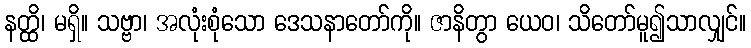
နတ္ထိ၊ မရှိ။ သဗ္ဗာ၊ အလုံးစုံသော ဒေသနာတော်ကို။ ဇာနိတွာ ယေဝ၊ သိတော်မူ၍သာလျှင်။